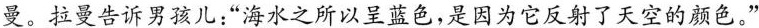
曼。拉曼告诉男孩儿：”海水之所以呈蓝色，是因为它反射了天空的颜色。”